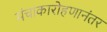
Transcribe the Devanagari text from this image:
मंचाकारोहणानंतर